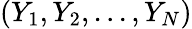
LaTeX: (Y_{1},Y_{2},...,Y_{N})